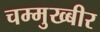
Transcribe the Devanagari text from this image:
चम्मुख्बीर